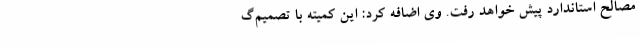
مصالح استاندارد پیش خواهد رفت. وی اضافه کرد: این کمیته با تصمیم‌گ